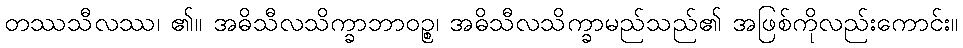
တဿသီလဿ၊ ၏။ အဓိသီလသိက္ခာဘာဝဉ္စ၊ အဓိသီလသိက္ခာမည်သည်၏ အဖြစ်ကိုလည်းကောင်း။